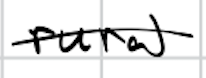
Text: rural
Cross-out: single-line
Writing tool: digital_black